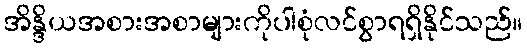
အိန္ဒိယအစားအစာများကိုပါစုံလင်စွာရရှိနိုင်သည်။